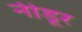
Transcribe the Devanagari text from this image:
नीडूर